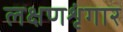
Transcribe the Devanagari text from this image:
लक्षणशृंगार